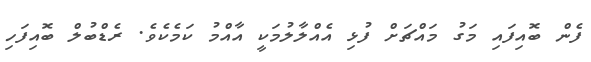
ފެން ބޮއިފައި މަގު މައްޗަށް ފުޅި އެއްލާލުމަކީ އާއްމު ކަމެކެވެ. ރެޑްބުލް ބޮއިފަހި